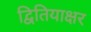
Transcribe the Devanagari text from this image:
द्वितियाक्षर